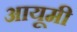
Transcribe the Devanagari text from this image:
आयूमी